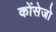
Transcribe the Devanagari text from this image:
कोंसेजो